Insane asylums in Bengal annual reports 1876-1887 - 1876-1887
Year: 1876
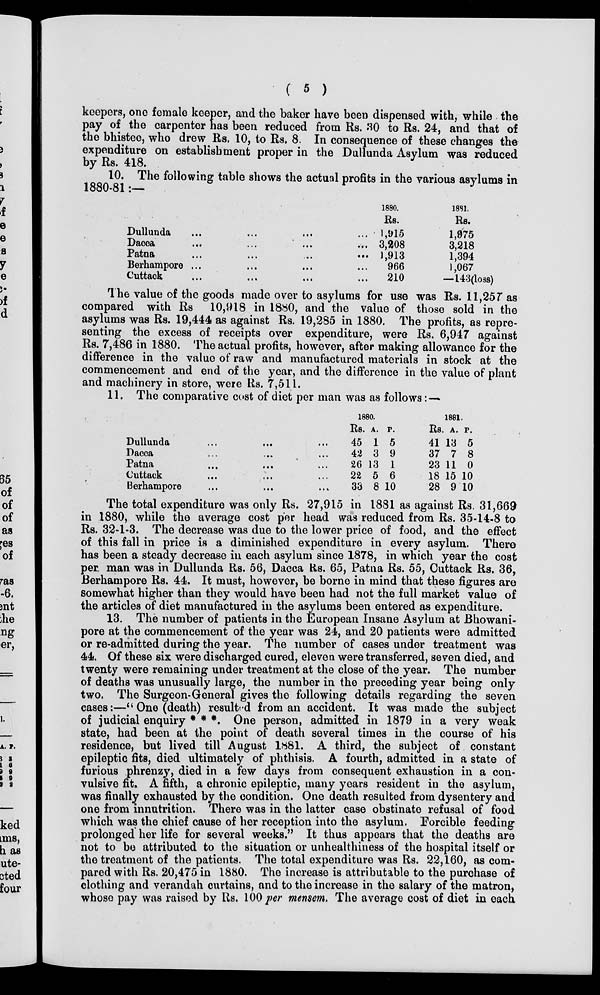
( 5 )
keepers, one female keeper, and the baker have been dispensed with, while the
pay of the carpenter has been reduced from Rs. 30 to Rs. 24, and that of
the bhistee, who drew Rs. 10, to Rs. 8. In consequence of these changes the
expenditure on establishment proper in the Dullunda Asylum was reduced
by Rs. 418.
10. The following table shows the actual profits in the various asylums in
1880-81:—
Dullunda ... ... ... ...
Dacca
...
...
...
...
Patna
...
...
...
...
Berhampore ... ... ... ...
Cuttack ... ... ... ...
1880.
Rs.
1,915
3,208
1,913
966
210
1891.
Rs.
1,975
3,218
1,394
1,067
—143(loss)
The value of the goods made over to asylums for use was Rs. 11,257 as
compared with Rs 10,918 in 1880, and the value of those sold in the
asylums was Rs. 19,444 as against Rs. 19,285 in 1880. The profits, as repre-
senting the excess of receipts over expenditure, were Rs. 6,947 against
Rs. 7,486 in 1880. The actual profits, however, after making allowance for the
difference in the value of raw and manufactured materials in stock at the
commencement and end of the year, and the difference in the value of plant
and machinery in store, were Rs. 7,511.
11. The comparative cost of diet per man was as follows: —
Dullunda ... ... ...
Dacca ... ... ...
Patna ... ... ...
Cuttack ... ... ...
Berhampore ... ... ...
1880.
Rs.
45
42
26
22
33
A.
1
3
13
5
8
P.
5
9
1
6
10
1881.
Rs.
41
37
23
18
28
A.
13
7
11
15
9
P.
5
8
0
10
10
The total expenditure was only Rs. 27,915 in 1881 as against Rs. 31,669
in 1880, while the average cost per head was reduced from Rs. 35-14-8 to
Rs. 32-1-3. The decrease was due to the lower price of food, and the effect
of this fall in price is a diminished expenditure in every asylum. There
has been a steady decrease in each asylum since 1878, in which year the cost
per, man was in Dullunda Rs. 56, Dacca Rs. 65, Patna Rs. 55, Cuttack Rs. 36,
Berhampore Rs. 44. It must, however, be borne in mind that these figures are
somewhat higher than they would have been had not the full market value of
the articles of diet manufactured in the asylums been entered as expenditure.
13. The number of patients in the European Insane Asylum at Bhowani-
pore at the commencement of the year was 24, and 20 patients were admitted
or re-admitted during the year. The number of cases under treatment was
44. Of these six were discharged cured, eleven were transferred, seven died, and
twenty were remaining under treatment at the close of the year. The number
of deaths was unusually large, the number in the preceding year being only
two. The Surgeon-General gives the following details regarding the seven
cases:—" One (death) resulted from an accident. It was made the subject
of judicial enquiry * * *. One person, admitted in 1879 in a very weak
state, had been at the point of death several times in the course of his
residence, but lived till August 1881. A third, the subject of constant
epileptic fits, died ultimately of phthisis. A fourth, admitted in a state of
furious phrenzy, died in a few days from consequent exhaustion in a con-
vulsive fit. A fifth, a chronic epileptic, many years resident in the asylum,
was finally exhausted by the condition. One death resulted from dysentery and
one from innutrition. There was in the latter case obstinate refusal of food
which was the chief cause of her reception into the asylum. Forcible feeding
prolonged her life for several weeks." It thus appears that the deaths are
not to be attributed to the situation or unhealthiness of the hospital itself or
the treatment of the patients. The total expenditure was Rs. 22,160, as com-
pared with Rs. 20,475 in 1880. The increase is attributable to the purchase of
clothing and verandah curtains, and to the increase in the salary of the matron,
whose pay was raised by Rs. 100 per mensem. The average cost of diet in each